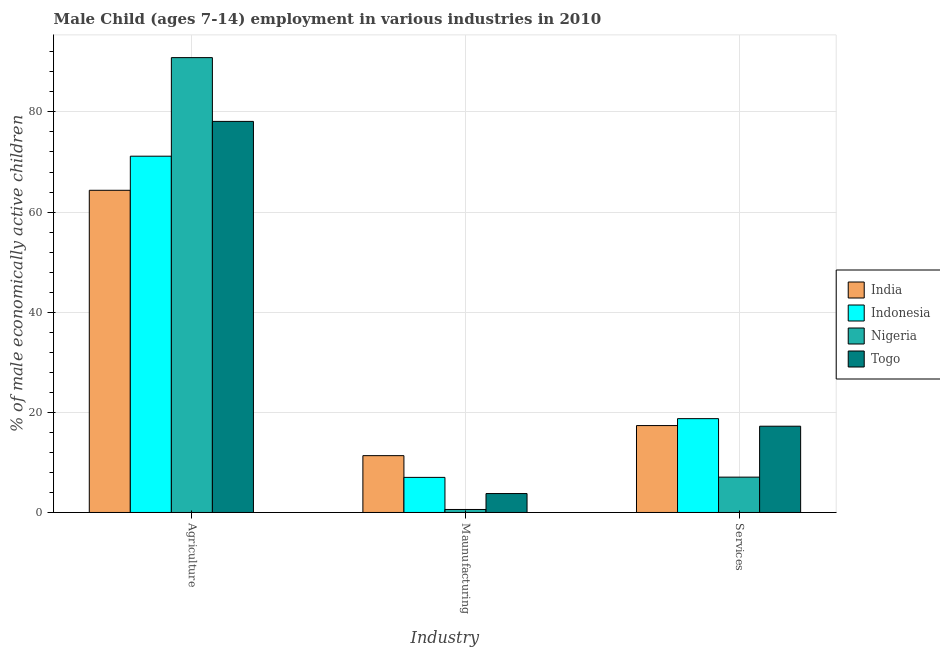
| Industry | India | Indonesia | Nigeria | Togo |
 | --- | --- | --- | --- | --- |
 | Agriculture | 64.3 | 71.2 | 90.8 | 78.1 |
 | Maunufacturing | 11.3 | 7.01 | 0.6 | 3.78 |
 | Services | 17.4 | 18.7 | 7.06 | 17.2 |